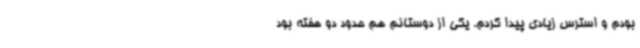
بودم و استرس زیادی پیدا کردم. یکی از دوستانم هم حدود دو هفته بود